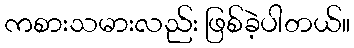
ကစားသမားလည်း ဖြစ်ခဲ့ပါတယ်။